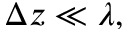
\Delta z \ll \lambda ,